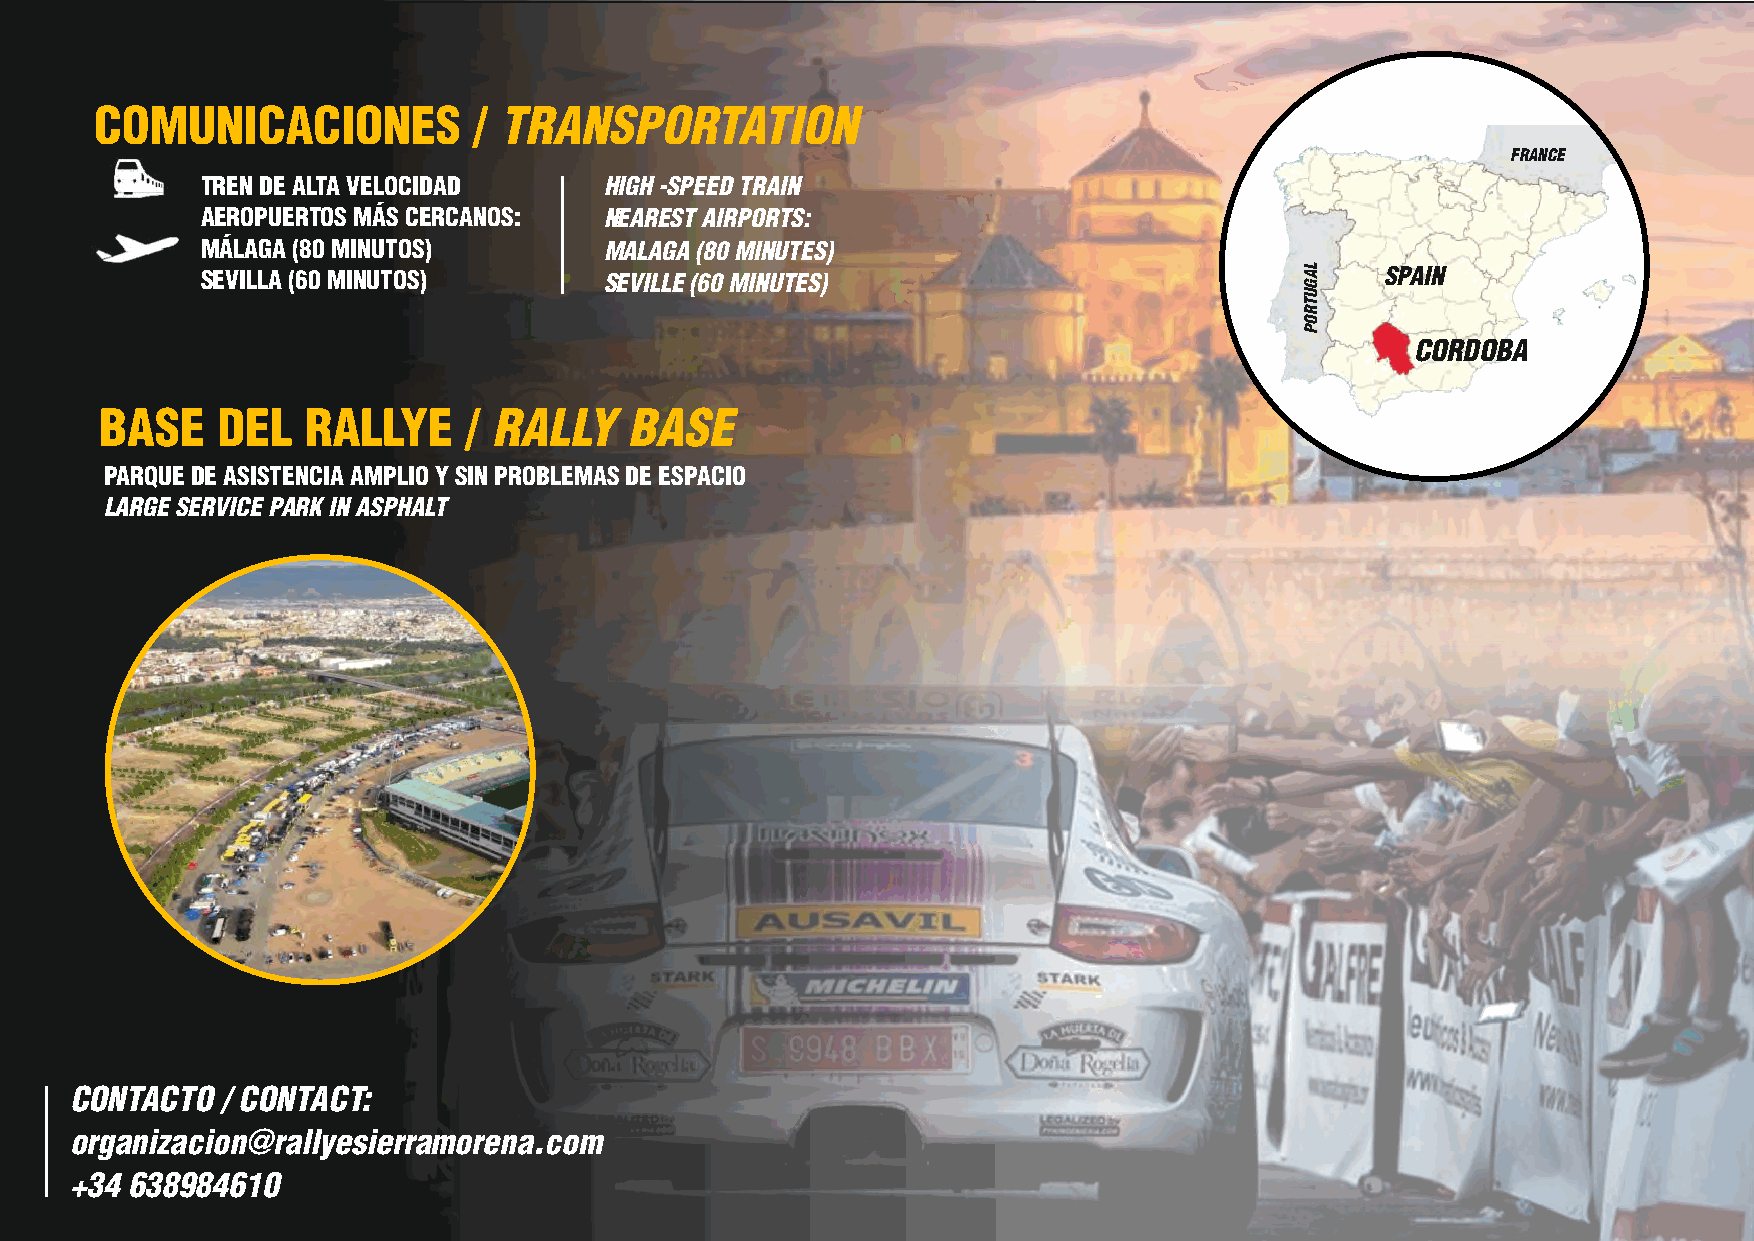
COMUNICACIONES           / TRANSPORTATION
 FRANCE
 TREN DE ALTA VELOCIDAD     HIGH -SPEED TRAIN
 AEROPUERTOS MÁS CERCANOS:  NEAREST AIRPORTS:
 MÁLAGA (80 MINUTOS)        MALAGA (80 MINUTES)
 SEVILLA (60 MINUTOS)       SEVILLE (60 MINUTES)                                SPAIN
 CORDOBA
 BASE   DEL   RALLYE     / RALLY    BASE
 PARQUE DE ASISTENCIA AMPLIO Y SIN PROBLEMAS DE ESPACIO
 LARGE SERVICE PARK IN ASPHALT
 CONTACTO  / CONTACT:
 organizacion@rallyesierramorena.com
 +34 638984610
 LAGUTROP